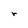
Character: r